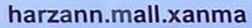
hazann.mall.xanman